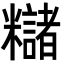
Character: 䊰